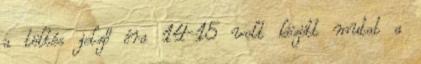
a töltés jelző óra 14-15 volt között mutat a